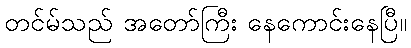
တင်မ်သည် အတော်ကြီး နေကောင်းနေပြီ။